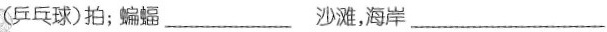
(乒乓球)拍；蝙蝠___ 沙滩，海岸___